Civil Veterinary Department. United Provinces 1923-31 - 1923-1931
Year: 1923
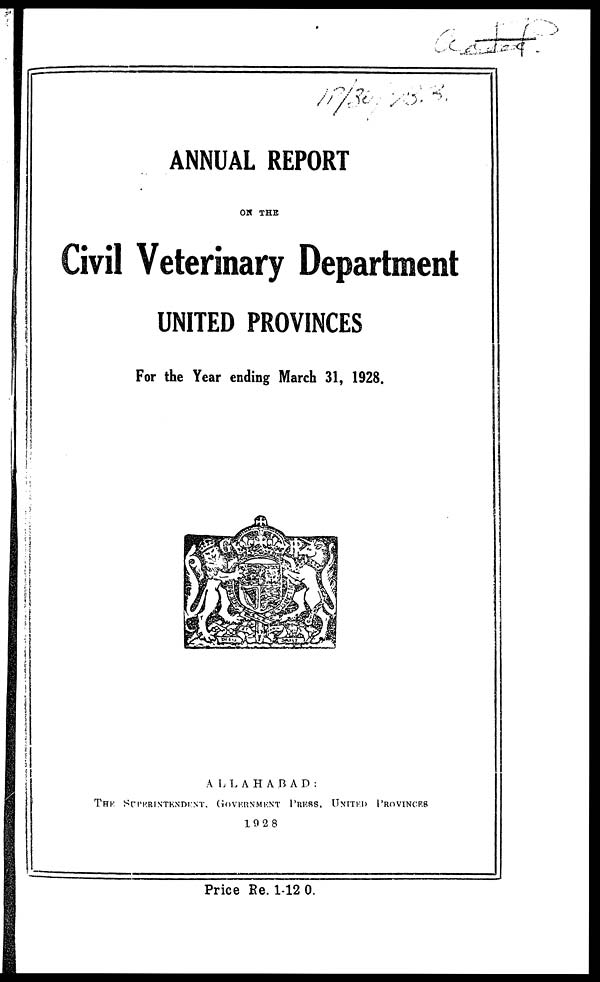
ANNUAL REPORT
OF THE
Civil Veterinary Department
UNITED PROVINCES
For the Year ending March 31, 1928.
ALLAHABAD:
THE SUPERINTENDENT, GOVERNMENT PRESS, UNITED PROVINCES
1928
Price Re. 1-12 0.